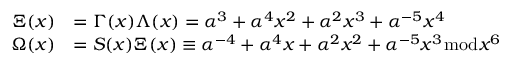
{ \begin{array} { r l } { \Xi ( x ) } & { = \Gamma ( x ) \Lambda ( x ) = \alpha ^ { 3 } + \alpha ^ { 4 } x ^ { 2 } + \alpha ^ { 2 } x ^ { 3 } + \alpha ^ { - 5 } x ^ { 4 } } \\ { \Omega ( x ) } & { = S ( x ) \Xi ( x ) \equiv \alpha ^ { - 4 } + \alpha ^ { 4 } x + \alpha ^ { 2 } x ^ { 2 } + \alpha ^ { - 5 } x ^ { 3 } { \bmod { x ^ { 6 } } } } \end{array} }